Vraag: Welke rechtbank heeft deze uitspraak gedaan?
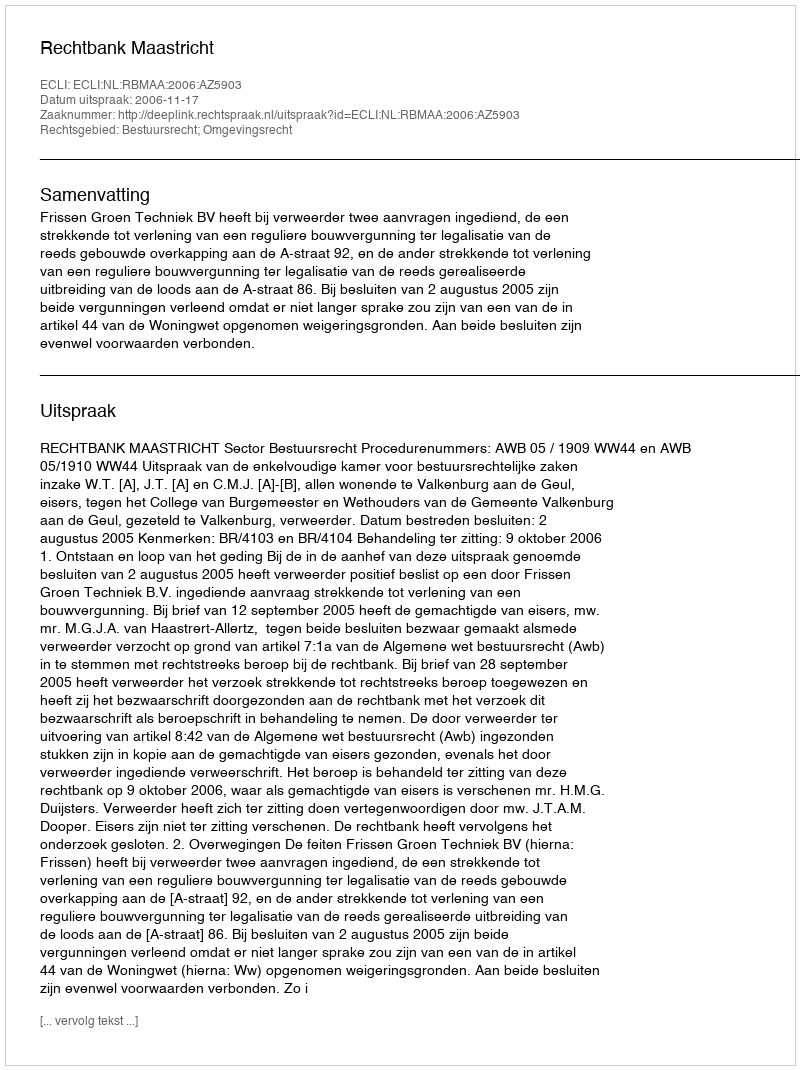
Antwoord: Rechtbank Maastricht